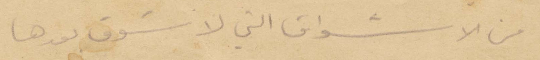
من الاشواق التي لا ستوف بعدها